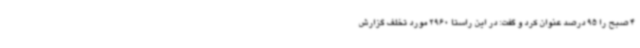
4 صبح را 95 درصد عنوان کرد و گفت: در این راستا 2960 مورد تخلف گزارش